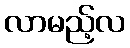
လာမည့်လ